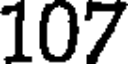
107